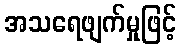
အသရေဖျက်မှုဖြင့်